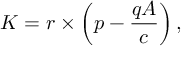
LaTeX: K = r \times \left( p - { \frac { q A } { c } } \right) ,